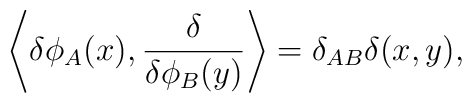
\left\langle\delta\phi_A(x),{{\delta}\over{\delta\phi_B(y)}}\right\rangle=\delta_{AB}\delta(x,y),